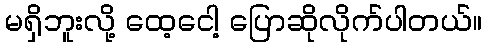
မရှိဘူးလို့ ထေ့ငေါ့ ပြောဆိုလိုက်ပါတယ်။